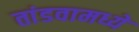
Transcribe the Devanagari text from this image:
तांडवामध्ये